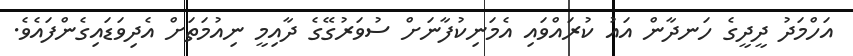
އަހްމަދު ދީދީގެ ހަނދާން އައު ކުރައްވައި އެމަނިކުފާނަށް ސުވަރުގޭގެ ދާއިމީ ނިއުމަތަށް އެދިވަޑައިގެންފައެވެ.